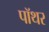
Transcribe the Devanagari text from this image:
पॉथर